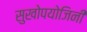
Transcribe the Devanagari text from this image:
सुखोपयोजिनी